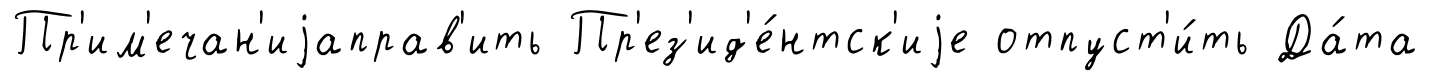
Пр'им'ечан'иjаправ'ить Пр'ез'ид'е́нтск'иjе отпуст'и́ть Да́та